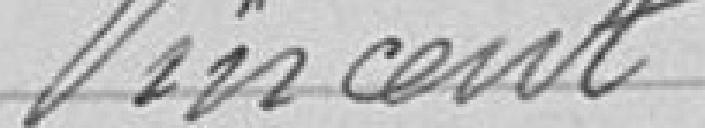
Vincent "